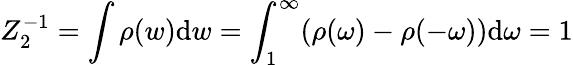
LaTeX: Z_{2}^{-1}=\int\rho(w)\mathrm{d}w=\int_{1}^{\infty}(\rho(\omega)-\rho(-\omega))\mathrm{d}\omega=1